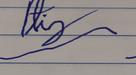
Signature authenticity: forged